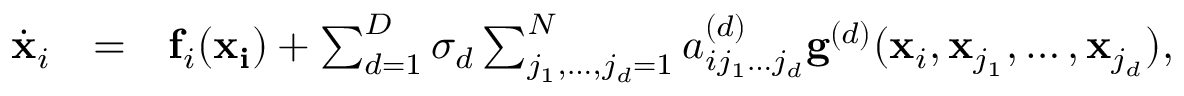
\begin{array} { l l l } { \dot { \mathbf { x } } _ { i } } & { = } & { \mathbf { f } _ { i } ( \mathbf { x _ { i } } ) + \sum _ { d = 1 } ^ { D } \sigma _ { d } \sum _ { j _ { 1 } , \dots , j _ { d } = 1 } ^ { N } a _ { i j _ { 1 } \dots j _ { d } } ^ { ( d ) } \mathbf { g } ^ { ( d ) } ( \mathbf { x } _ { i } , \mathbf { x } _ { j _ { 1 } } , \dots , \mathbf { x } _ { j _ { d } } ) , } \end{array}